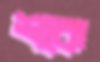
শকে